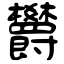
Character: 欝